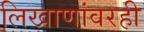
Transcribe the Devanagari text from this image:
लिखाणांवरही